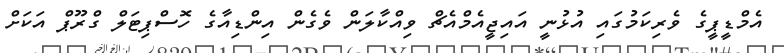
އެމްޑީޕީގެ ވެރިކަމުގައި އުޅުނީ އައިޖީއެމްއެޗް ވިއްކާލަން ވެގެން އިންޑިއާގެ ހޮސްޕިޓަލް ގްރޫޕް އަކަށް